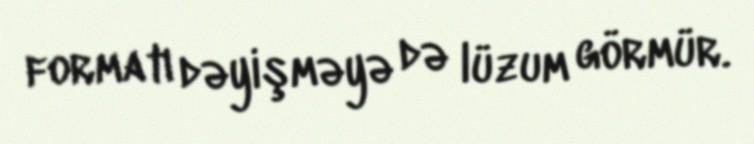
formatı dəyişməyə də lüzum görmür.